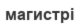
магистрі